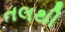
તલથી